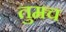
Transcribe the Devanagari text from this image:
तुमच